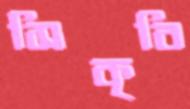
সিকৃবি